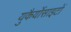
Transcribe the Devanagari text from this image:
युकैर्योसाइटों